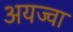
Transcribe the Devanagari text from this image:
अयज्वा